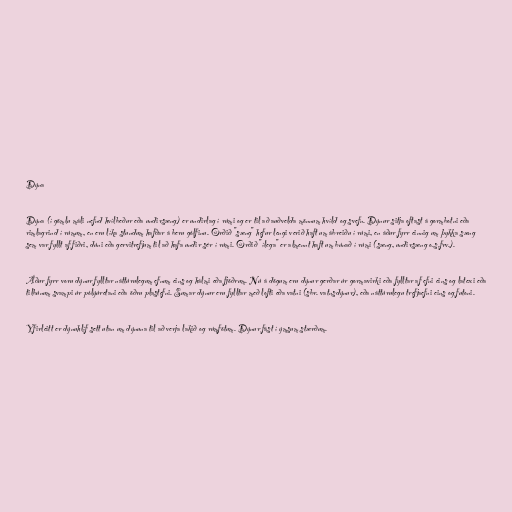
Dýna

Dýna (í gömlu máli nefnd hvílbeður eða undirsæng) er undirlag í rúmi og er til að auðvelda mönnum hvíld og svefn. Dýnur sitja oftast á gormbotni eða
rimlagrind í rúmum, en eru líka stundum hafðar á beru gólfinu. Orðið "sæng" hefur lengi verið haft um ábreiðu í rúmi, en áður fyrr einnig um þykka sæng
sem var fyllt af fiðri, dúni eða gervitrefjum til að hafa undir sér í rúmi. Orðið "ílega" er almennt haft um búnað í rúmi (sæng, undirsæng o.s.frv.).

Áður fyrr voru dýnur fylltar náttúrulegum efnum eins og hálmi eða fjöðrum. Nú á dögum eru dýnur gerðar úr gormavirki eða fylltar af efni eins og latexi eða
tilbúnum svampi úr pólýúretani eða öðru plastefni. Sumar dýnur eru fylltar með lofti eða vatni (sbr. vatnsdýnur), eða náttúrulegu trefjaefni eins og futoni.

Yfirleitt er dýnuhlíf sett utan um dýnuna til að verja lakið og rúmfötum. Dýnur fást í ýmsum stærðum.